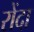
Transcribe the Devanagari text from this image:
रोंदा